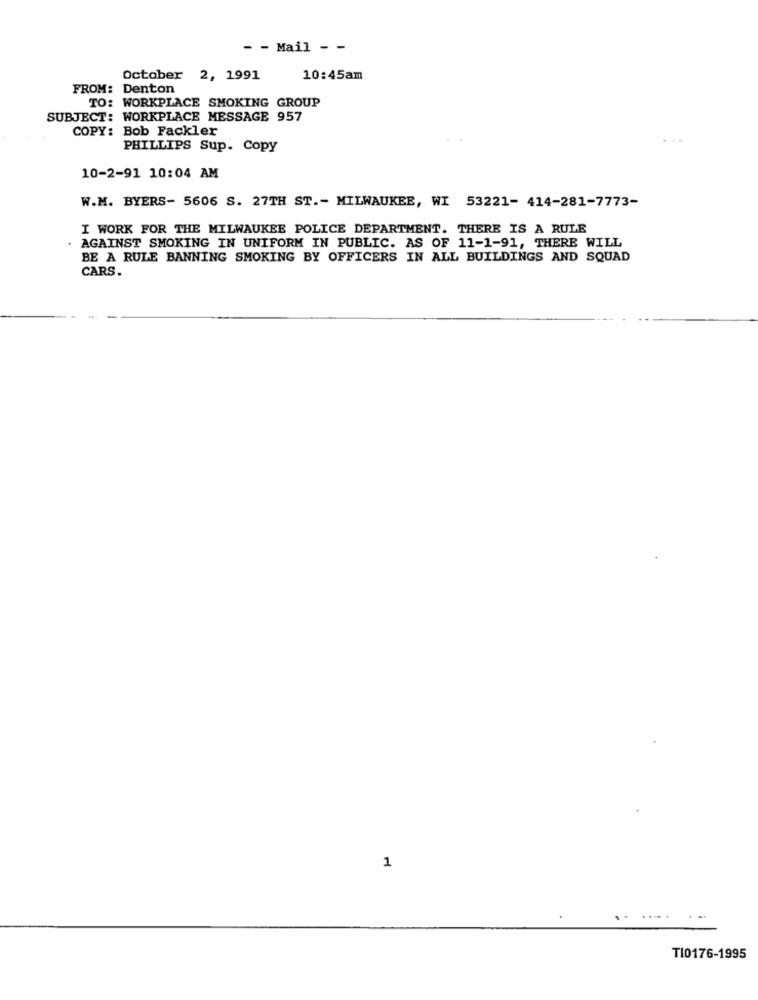
- - Mail - -
October
2, 1991
10:45am
FROM: Denton
TO: WORKPLACE SMOKING GROUP
SUBJECT: WORKPLACE MESSAGE 957
COPY: Bob Fackler
...
PHILLIPS Sup. Copy
10-2-91 10:04 AM
W.M. BYERS- 5606 S. 27TH ST .- MILWAUKEE, WI 53221- 414-281-7773-
I WORK FOR THE MILWAUKEE POLICE DEPARTMENT. THERE IS A RULE
. AGAINST SMOKING IN UNIFORM IN PUBLIC. AS OF 11-1-91, THERE WILL
BE A RULE BANNING SMOKING BY OFFICERS IN ALL BUILDINGS AND SQUAD
CARS.
1
TI0176-1995